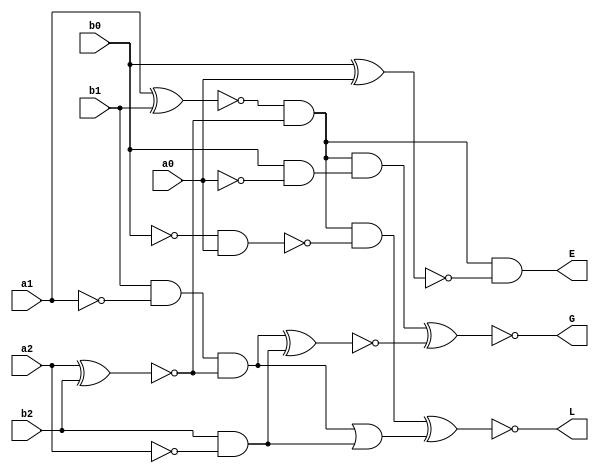
`timescale 1ns / 1ps
//////////////////////////////////////////////////////////////////////////////////
// Company: 
// Engineer: 
// 
// Design Name: 
// Module Name:    moghayese 
// Project Name: 
// Target Devices: 
// Tool versions: 
// Description: 
//
// Dependencies: 
//
// Revision: 
// Revision 0.01 - File Created
// Additional Comments: 
//
//////////////////////////////////////////////////////////////////////////////////
module moghayese(a2,a1,a0,b2,b1,b0,L,E,G
    );
	 
	 input a2,a1,a0,b2,b1,b0;
	 output L,E,G;
	 wire w1,w2,w3,w4,w5,w6,w7,w8,w9,w10,w11,w12,w13;
	 wire na0,na1,na2,nb0,nb1,nb2;
	 wire nw7;
	 xnor(w1,a1,b1);
	 xnor(w2,a2,b2);
	 not (na0,a0);
	 and(w3,b0,na0);
	 not(na2,a2);
	 and(w4,b2,na2);
	 not(na1,a1);
	 and(w5,b1,na1);
	 xnor(w6,b0,a0);
	 not(nb0,b0);
	 and(w7,nb0,a0);
	 and(w8,w1,w2);
	 and(w9,w5,w2);
	 and(w10,w8,w3);
	 xnor(w11,w9,w4);
	 and(E,w8,w6);
	 not(nw7,w7);
	 and(w12,w8,nw7);
	 or(w13,w9,w4);
	 xnor(G,w10,w11);
	 xnor(L,w12,w13);


endmodule